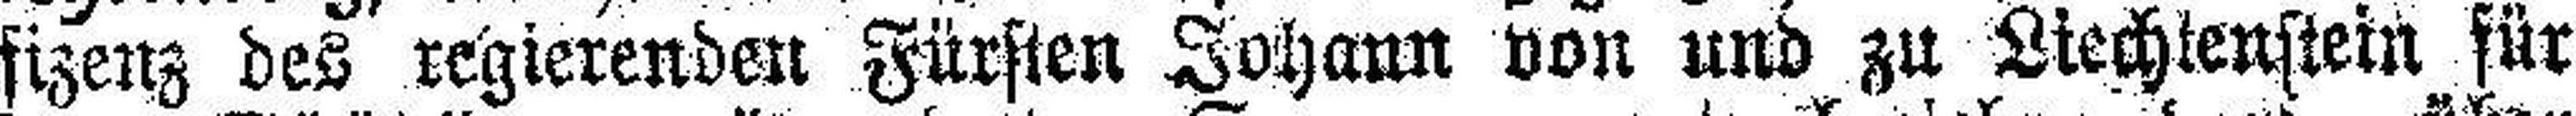
fizenz des regierenden Fürsten Johann von und zu Liechtenstein für